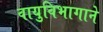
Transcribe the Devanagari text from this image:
वायुविभागाने